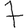
Digit: 7